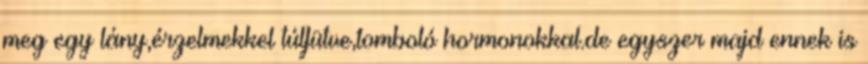
meg egy lány,érzelmekkel túlfütve,tomboló hormonokkal.de egyszer majd ennek is